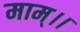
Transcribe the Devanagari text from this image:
माम्।।